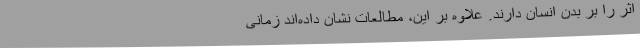
اثر را بر بدن انسان دارند. علاوه بر این، مطالعات نشان داده‌اند زمانی